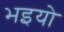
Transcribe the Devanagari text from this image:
भइयो